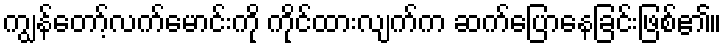
ကျွန်တော့်လက်မောင်းကို ကိုင်ထားလျက်က ဆက်ပြောနေခြင်းဖြစ်၏။